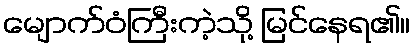
မျောက်ဝံကြီးကဲ့သို့ မြင်နေရ၏။